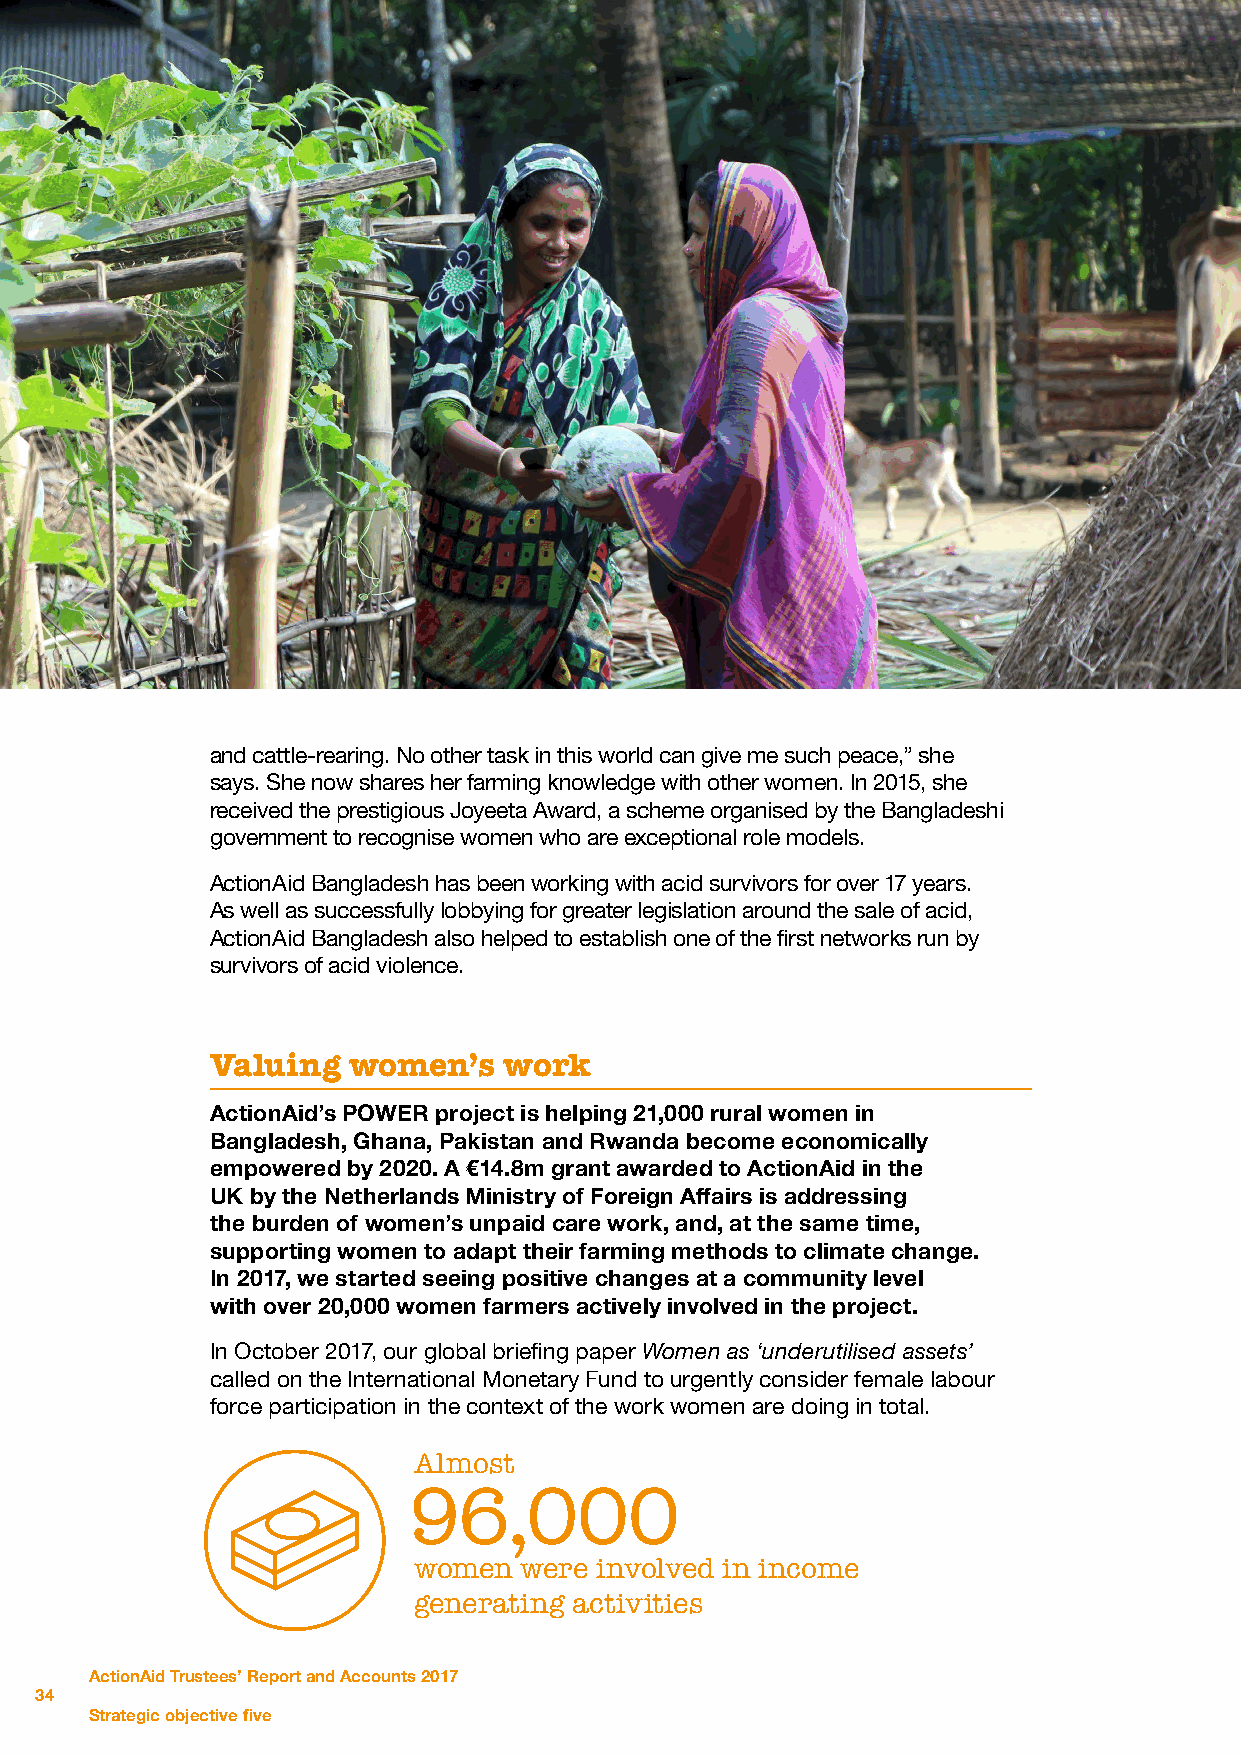
and cattle-rearing. No other task in this world can give me such peace,” she
 says. She now shares her farming knowledge with other women. In 2015, she
 received the prestigious Joyeeta Award, a scheme organised by the Bangladeshi
 government to recognise women who are exceptional role models.
 ActionAid Bangladesh has been working with acid survivors for over 17 years.
 As well as successfully lobbying for greater legislation around the sale of acid,
 ActionAid Bangladesh also helped to establish one of the first networks run by
 survivors of acid violence.
 Valuing  women’s   work
 ActionAid’s POWER project is helping 21,000 rural women in
 Bangladesh, Ghana, Pakistan and Rwanda become economically
 empowered by 2020. A €14.8m grant awarded to ActionAid in the
 UK by the Netherlands Ministry of Foreign Affairs is addressing
 the burden of women’s unpaid care work, and, at the same time,
 supporting women to adapt their farming methods to climate change.
 In 2017, we started seeing positive changes at a community level
 with over 20,000 women farmers actively involved in the project.
 In October 2017, our global briefing paper Women as ‘underutilised assets’
 called on the International Monetary Fund to urgently consider female labour
 force participation in the context of the work women are doing in total.
 Almost
 96,000
 women  were involved in income
 generating activities
 ActionAid Trustees’ Report and Accounts 2017
 34
 Strategic objective five